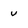
Character: v